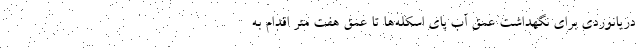
دریانوردی برای نگهداشت عمق آب پای اسکله‌ها تا عمق هفت متر اقدام به